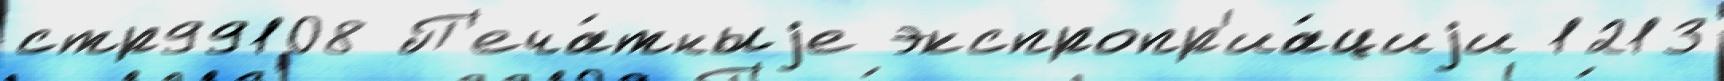
стр99108 П'еча́тныjе экспропр'иа́циjи 1213